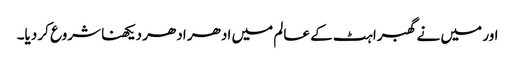
اور میں نے گھبراہٹ کے عالم میں ادھر ادھر دیکھنا شروع کر دیا۔